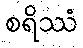
စရိဿံ